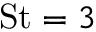
\mathrm { S t } = 3